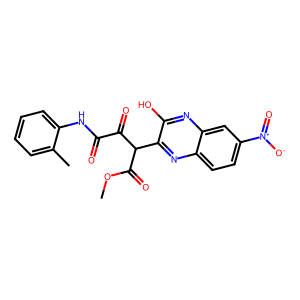
SMILES: COC(=O)C(C(=O)C(=O)Nc1ccccc1C)c1nc2ccc([N+](=O)[O-])cc2nc1O
Inhibits HIV replication: No